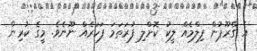
އެ ގްރޫޕުން ފިލްމެއް ލީކު ކޮށްލި ފުރަތަމަ ފަހަރެއް ނޫނެވެ. މީގެ ކުރިން